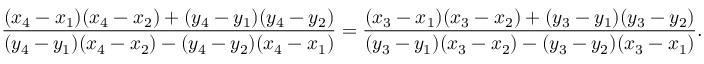
{ \frac { ( x _ { 4 } - x _ { 1 } ) ( x _ { 4 } - x _ { 2 } ) + ( y _ { 4 } - y _ { 1 } ) ( y _ { 4 } - y _ { 2 } ) } { ( y _ { 4 } - y _ { 1 } ) ( x _ { 4 } - x _ { 2 } ) - ( y _ { 4 } - y _ { 2 } ) ( x _ { 4 } - x _ { 1 } ) } } = { \frac { ( x _ { 3 } - x _ { 1 } ) ( x _ { 3 } - x _ { 2 } ) + ( y _ { 3 } - y _ { 1 } ) ( y _ { 3 } - y _ { 2 } ) } { ( y _ { 3 } - y _ { 1 } ) ( x _ { 3 } - x _ { 2 } ) - ( y _ { 3 } - y _ { 2 } ) ( x _ { 3 } - x _ { 1 } ) } } .